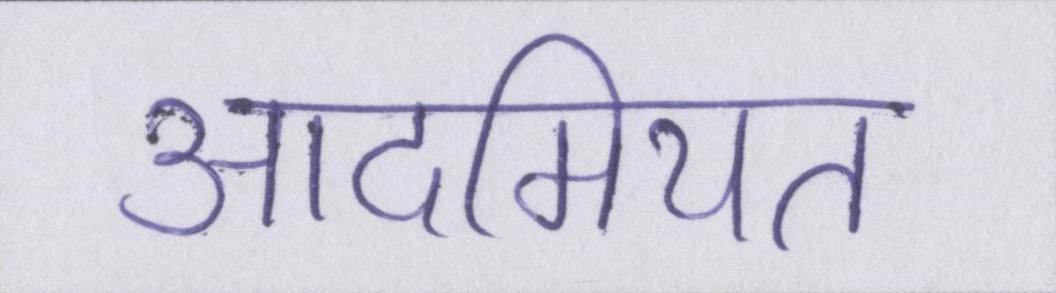
आदमियत